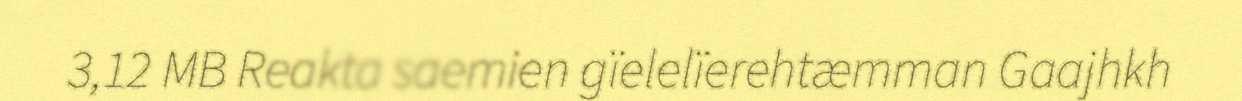
3,12 MB Reakta saemien gïelelïerehtæmman Gaajhkh